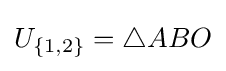
U_{\{1,2\}}=\triangle ABO